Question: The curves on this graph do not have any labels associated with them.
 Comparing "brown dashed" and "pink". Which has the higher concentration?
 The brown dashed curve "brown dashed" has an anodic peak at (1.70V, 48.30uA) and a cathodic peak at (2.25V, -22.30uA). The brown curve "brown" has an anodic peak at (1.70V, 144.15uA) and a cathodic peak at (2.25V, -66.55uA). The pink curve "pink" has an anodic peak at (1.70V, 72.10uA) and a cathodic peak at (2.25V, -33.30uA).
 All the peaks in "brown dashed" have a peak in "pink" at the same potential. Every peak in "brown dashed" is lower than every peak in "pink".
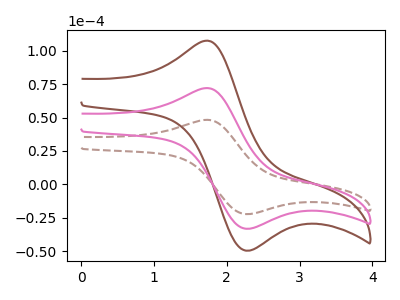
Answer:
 <answer>"brown dashed" has less signal than "pink" and so likely has a lower concentration.</answer>
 <eval>less_concentration</eval>